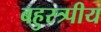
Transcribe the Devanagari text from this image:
बहुस्त्र्पीय